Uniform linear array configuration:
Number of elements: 12
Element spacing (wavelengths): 0.5
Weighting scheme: hamming
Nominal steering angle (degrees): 30
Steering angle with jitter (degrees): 28.831
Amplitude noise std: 0.05
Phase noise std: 0.05

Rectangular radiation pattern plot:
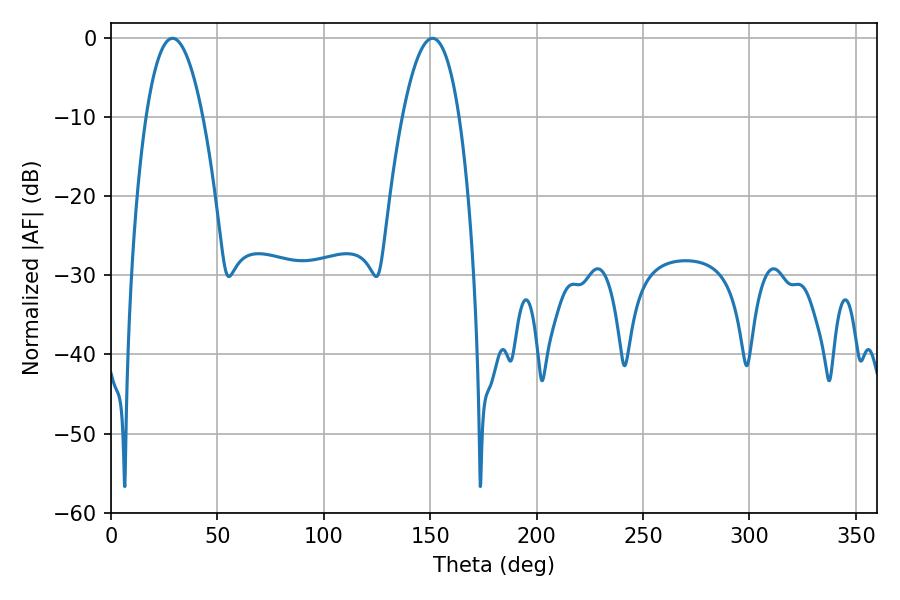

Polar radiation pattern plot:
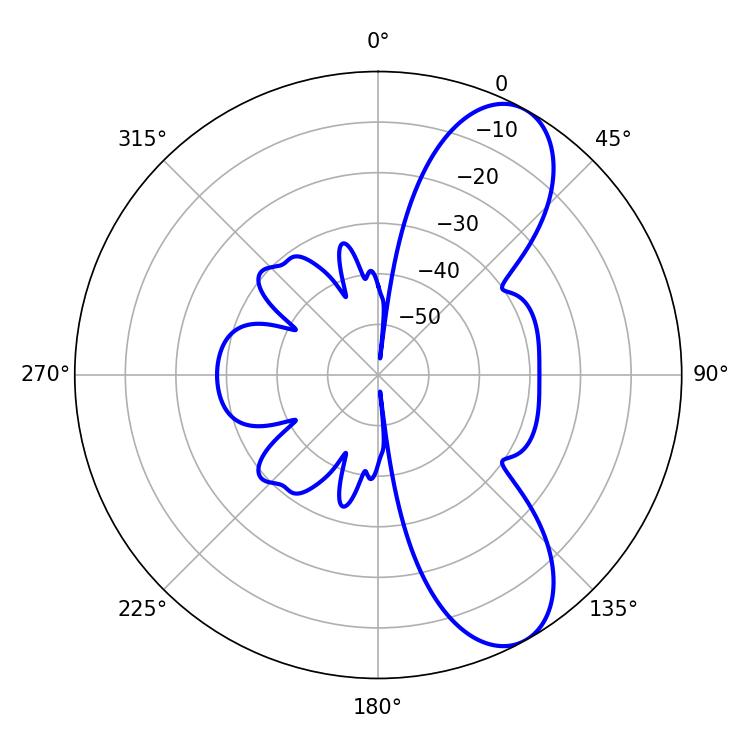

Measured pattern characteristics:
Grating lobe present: FALSE
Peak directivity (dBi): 8.707
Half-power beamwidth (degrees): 14.76
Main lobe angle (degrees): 151.02